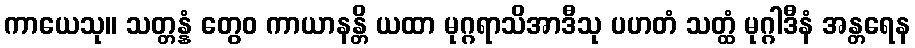
ကာယေသု။ သတ္တန္နံ တွေဝ ကာယာနန္တိ ယထာ မုဂ္ဂရာသိအာဒီသု ပဟတံ သတ္ထံ မုဂ္ဂါဒီနံ အန္တရေန